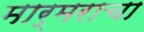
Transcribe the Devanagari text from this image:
मार्मराचा